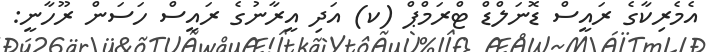
އެމެރިކާގެ ރައީސް ޑޮނަލްޑް ޓްރަމްޕް (ކ) އަދި އީރާނުގެ ރައީސް ހަސަން ރޫހާނީ: